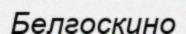
Белгоскино